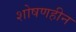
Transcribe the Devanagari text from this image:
शोषणहीन